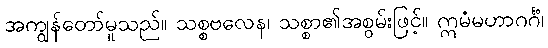
အကျွန်တော်မူသည်။ သစ္စဗလေန၊ သစ္စာ၏အစွမ်းဖြင့်။ ဣမံမဟာဂင်္ဂံ၊